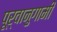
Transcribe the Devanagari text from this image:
पूर्वानुगामी